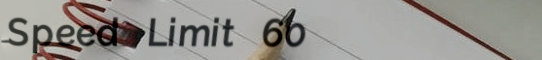
Speed Limit 60